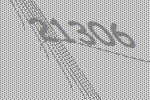
21306